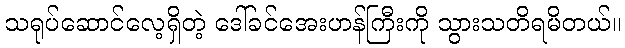
သရုပ်ဆောင်လေ့ရှိတဲ့ ဒေါ်ခင်အေးဟန်ကြီးကို သွားသတိရမိတယ်။